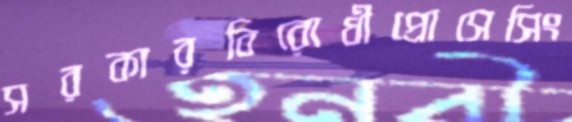
সরকারবিরোধীপ্রোসেসিং